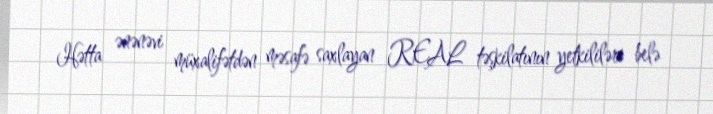
Hətta ənənəvi müxalifətdən məsafə saxlayan REAL təşkilatının yetkililəri belə